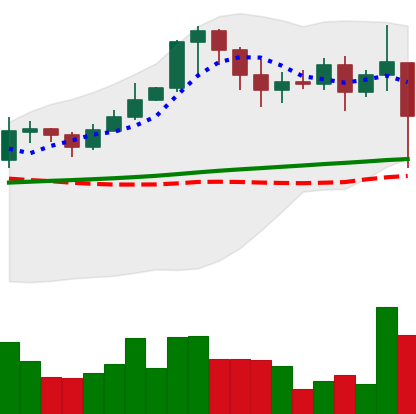
Ticker: XRP-USD
Chart end date: 2021-02-23
Forward return: -12.376%
Label: down_7plus